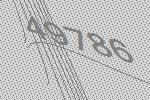
49786